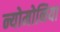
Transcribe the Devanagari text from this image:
न्योमोनिया